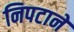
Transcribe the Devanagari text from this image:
निपटाने